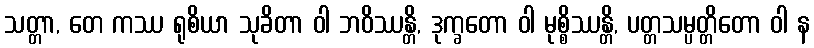
သတ္တာ, တေ ကဿ ရုစိယာ သုခိတာ ဝါ ဘဝိဿန္တိ, ဒုက္ခတော ဝါ မုစ္စိဿန္တိ, ပတ္တသမ္ပတ္တိတော ဝါ န